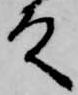
殿